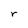
Character: r